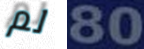
لم 80